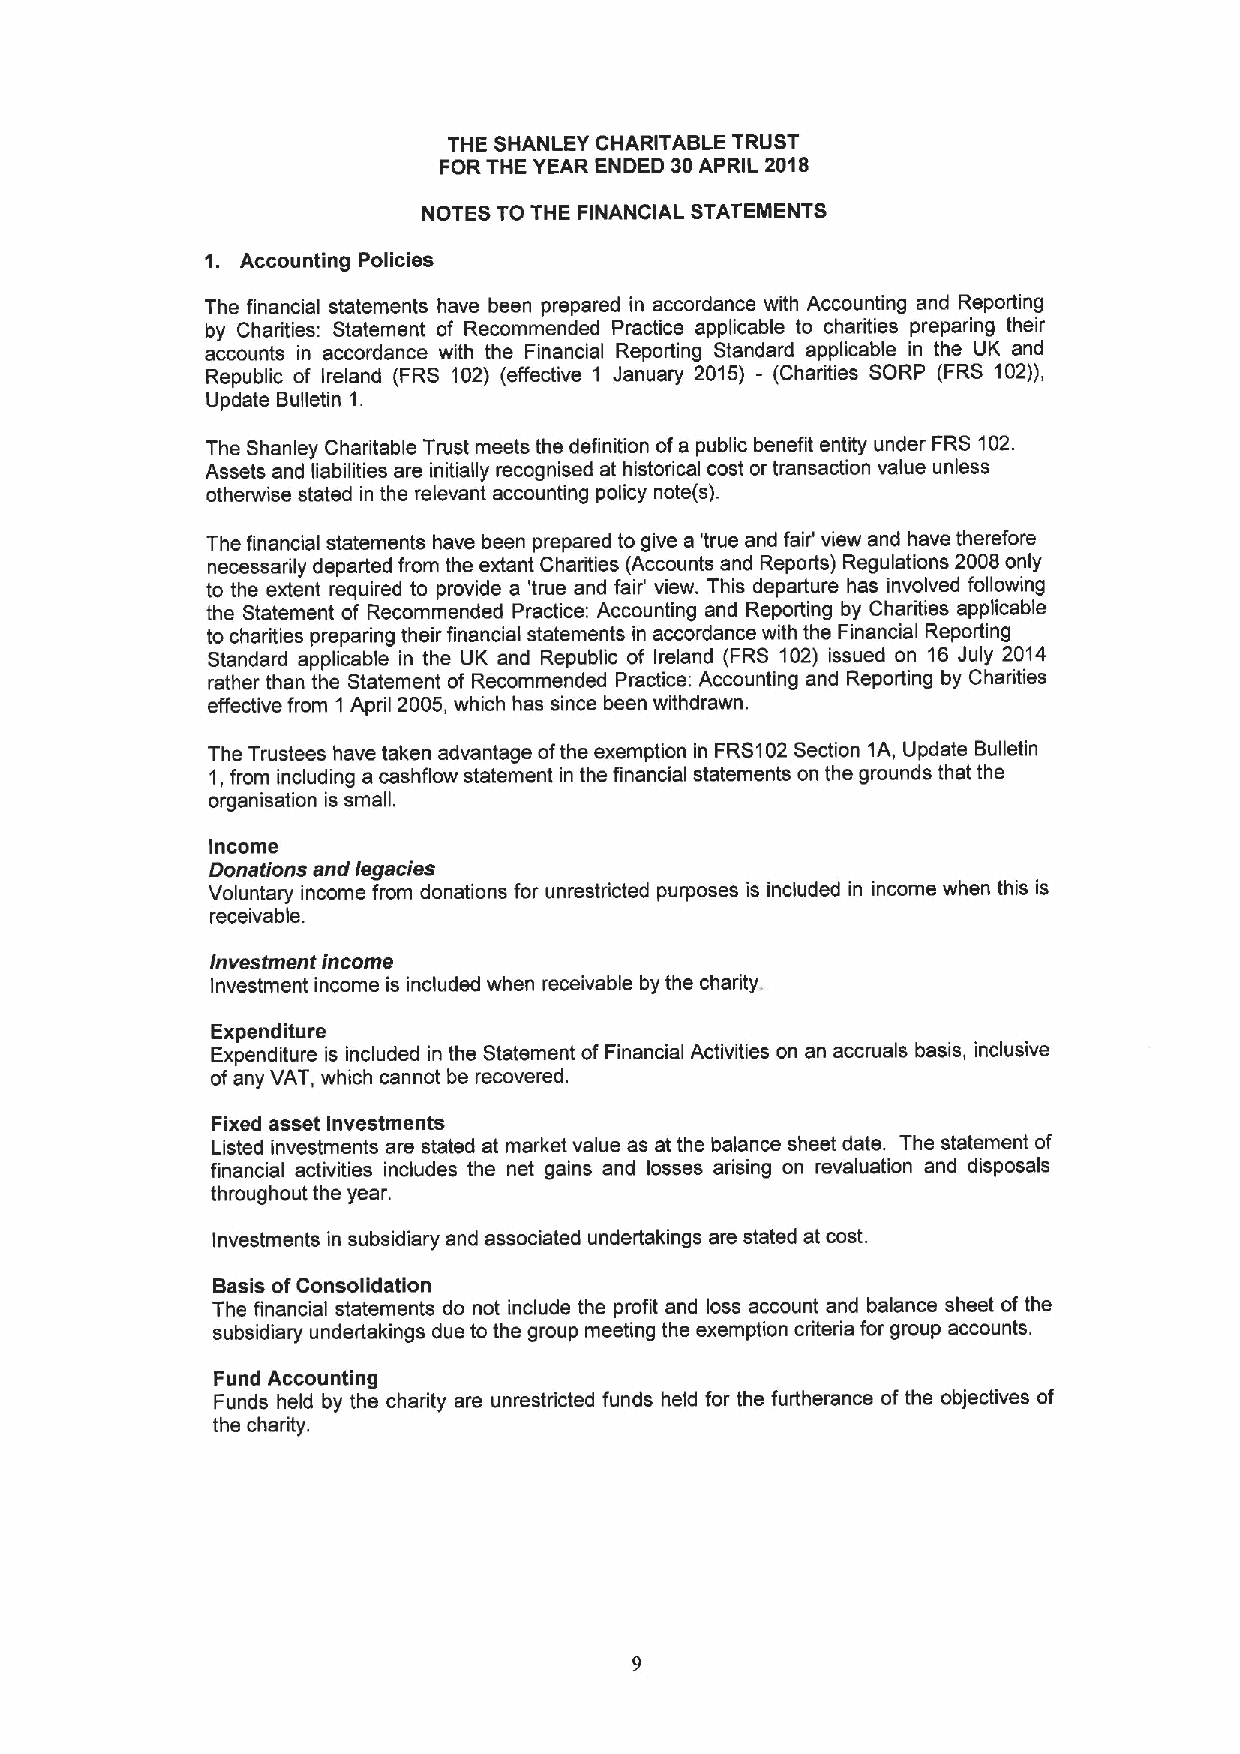
THE SHANLEY CHARITABLE TRUST
 FORTHE YEAR ENDED 30APRIL 2018
 NOTES TO THE FINANCIAL STATEMENTS
 1. Accounting Policies
 The financial statements have been prepared in accordance with Accounting and Reporting
 by Charities: Statement of Recommended Practice applicable to charities preparing their
 accounts in accordance with the Financial Reporting Standard applicable in the UK and
 Republic of Ireland (FRS 102) (effective 1 January 2015) - (Charities SORP (FRS 102)),
 Update Bulletin 1.
 The Shanley Charitable Trust meets the definition ofa public benefit entity under FRS 102.
 Assets and liabilities are initially recognised at historical cost or transaction value unless
 otherwise stated in the relevant accounting policy note(s).
 The financial statements have been prepared to give a 'true and fair' view and have therefore
 necessarily departed from the extant Charities (Accounts and Reports) Regulations 2008only
 to the extent required to provide a 'true and fair' view. This departure has involved following
 the Statement of Recommended Practice: Accounting and Reporting by Charities applicable
 to charities preparing their financial statements in accordance with the Financial Reporting
 Standard applicable in the UK and Republic of Ireland (FRS 102) issued on 16 July 2014
 rather than the Statement of Recommended Practice: Accounting and Reporting by Charities
 effective from 1April 2005, which has since been withdrawn.
 The Trustees have taken advantage ofthe exemption in FRS102Section 1A, Update Bulletin
 1,from including a cashflow statement in the financial statements on the grounds that the
 organisation is small.
 Income
 Donations and legacies
 Voluntary income from donations for unrestricted purposes is included in income when this is
 receivable.
 investment income
 Investment income is included when receivable by the charity.
 Expenditure
 Expenditure is included in the Statement of Financial Activities on an accruals basis, inclusive
 ofany VAT, which cannot be recovered.
 Fixed asset investments
 Listed investments are stated at market value as at the balance sheet date. The statement of
 financial activities includes the net gains and losses arising on revaluation and disposals
 throughout the year.
 Investments in subsidiary and associated undertakings are stated at cost.
 Basis ofConsolidation
 The financial statements do not include the profit and loss account and balance sheet of the
 subsidiary undertakings due to the group meeting the exemption criteria for group accounts.
 Fund Accounting
 Funds held by the charity are unrestricted funds held for the furtherance of the objectives of
 the charity.